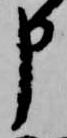
申